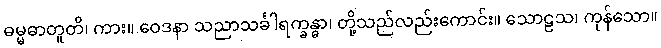
ဓမ္မဓာတူတိ၊ ကား။ ဝေဒနာ သညာသင်္ခါရက္ခန္ဓာ၊ တို့သည်လည်းကောင်း။ သောဠသ၊ ကုန်သော။